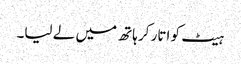
ہیٹ کو اتار کر ہاتھ میں لے لیا۔